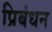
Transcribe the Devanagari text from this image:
प्रिबंधन